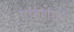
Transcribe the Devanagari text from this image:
पोहणारा